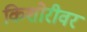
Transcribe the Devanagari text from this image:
किशोरीवर